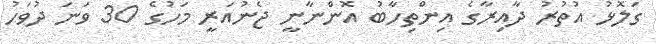
ގަލޮޅު އުތުރު ދާއިރާގެ އިންތިހާބު އޮންނާނީ ޖެނުއަރީ މަހުގެ 30 ވަނަ ދުވަހު